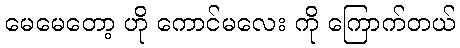
မေမေတော့ ဟို ကောင်မလေး ကို ကြောက်တယ်